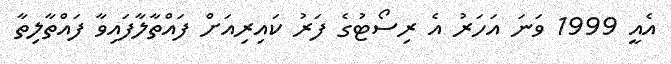
އެއީ 1999 ވަނަ އަހަރު އެ ރިސޯޓުގެ ފަރު ކައިރިއަށް ފައްތާލާފައިވާ ފައްތާލިތާ